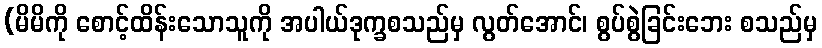
(မိမိကို စောင့်ထိန်းသောသူကို အပါယ်ဒုက္ခစသည်မှ လွတ်အောင်၊ စွပ်စွဲခြင်းဘေး စသည်မှ